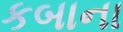
કબાના